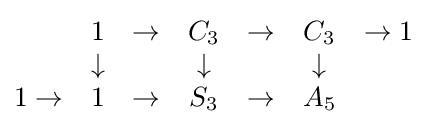
{\begin{matrix}&1&\to &C_{3}&\to &C_{3}&\to 1\\&\downarrow &&\downarrow &&\downarrow \\1\to &1&\to &S_{3}&\to &A_{5}\end{matrix}}